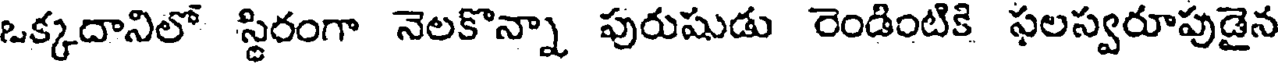
ఒక్కదానిలో స్థిరంగా నెలకొన్నా పురుషుడు రెండింటికి ఫలస్వరూపుడైన